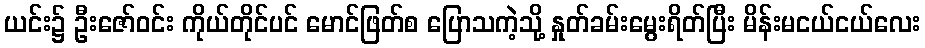
ယင်း၌ ဦးဇော်ဝင်း ကိုယ်တိုင်ပင် မောင်ဖြတ်စ ပြောသကဲ့သို့ နှုတ်ခမ်းမွေးရိတ်ပြီး မိန်းမငယ်ငယ်လေး